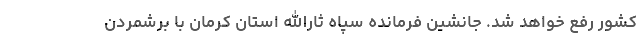
کشور رفع خواهد شد. جانشین فرمانده سپاه ثارالله استان کرمان با برشمردن